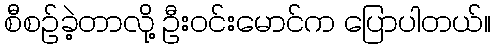
စီစဉ်ခဲ့တာလို့ ဦးဝင်းမောင်က ပြောပါတယ်။